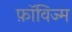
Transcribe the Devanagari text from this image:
फ़ॉविज्म